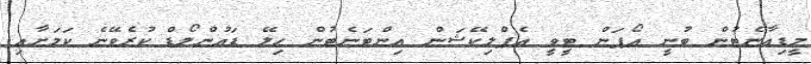
މީޑިއާނެޓުން ބުނީ އޯޕަން ޓީވީ އެޕްލިކޭޝަން އިންޓަނެޓުން ހިލޭ ޑައުންލޯޑް ކުރެވޭނެ ކަމަށާއި